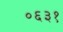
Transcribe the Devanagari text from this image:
०६३१